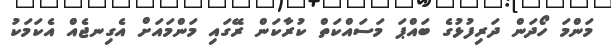
މަންމަ ހޯދަން ދަރިފުޅުގެ ބައްޕަ މަސައްކަތް ކުރާކަން ރޭގައި މަންމައަށް އެގިނޖެއް އެކަމަކު